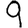
Digit: 9